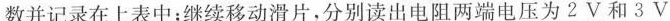
数并记录在上表中；继续移动滑片，分别读出电阻两端电压为2V和3V